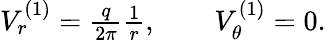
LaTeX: \begin{array}{r}{V_{r}^{(1)}=\frac{q}{2\pi}\frac{1}{r},\quad\quad V_{\theta}^{(1)}=0.}\end{array}